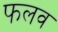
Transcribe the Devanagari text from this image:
फलव